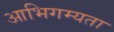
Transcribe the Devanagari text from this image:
आभिगम्यता